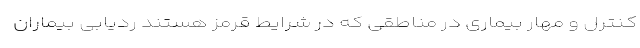
کنترل و مهار بیماری در مناطقی که در شرایط قرمز هستند ردیابی بیماران